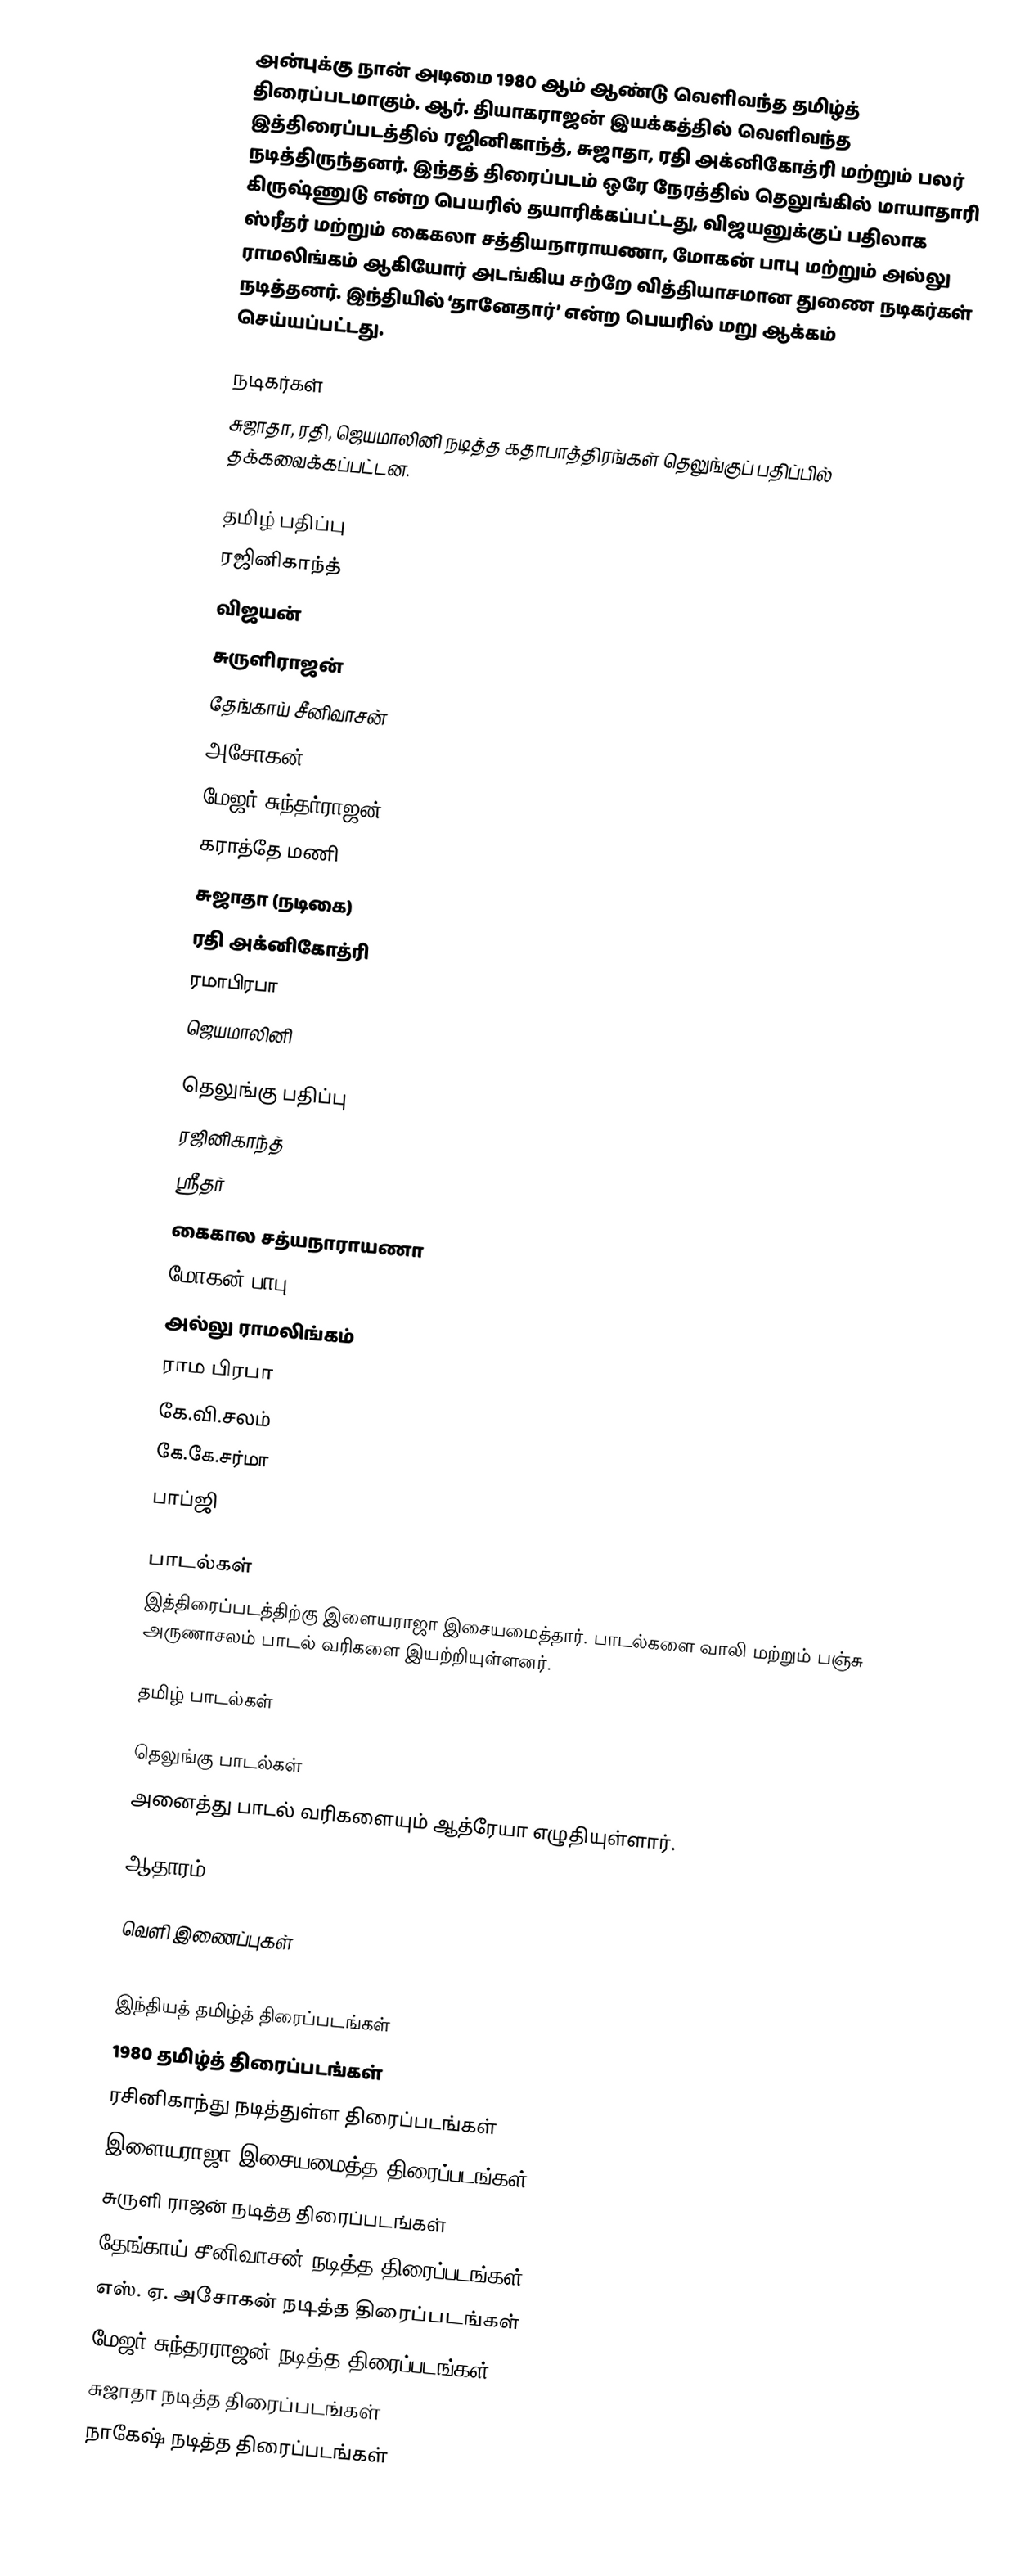
அன்புக்கு நான் அடிமை 1980 ஆம் ஆண்டு வெளிவந்த தமிழ்த் திரைப்படமாகும். ஆர். தியாகராஜன் இயக்கத்தில் வெளிவந்த இத்திரைப்படத்தில் ரஜினிகாந்த், சுஜாதா, ரதி அக்னிகோத்ரி மற்றும் பலர் நடித்திருந்தனர். இந்தத் திரைப்படம் ஒரே நேரத்தில் தெலுங்கில் மாயாதாரி கிருஷ்ணுடு என்ற பெயரில் தயாரிக்கப்பட்டது, விஜயனுக்குப் பதிலாக ஸ்ரீதர் மற்றும் கைகலா சத்தியநாராயணா, மோகன் பாபு மற்றும் அல்லு ராமலிங்கம் ஆகியோர் அடங்கிய சற்றே வித்தியாசமான துணை நடிகர்கள் நடித்தனர்.  இந்தியில் ‘தானேதார்’ என்ற பெயரில் மறு ஆக்கம் செய்யப்பட்டது.

நடிகர்கள்
சுஜாதா, ரதி, ஜெயமாலினி நடித்த கதாபாத்திரங்கள் தெலுங்குப் பதிப்பில் தக்கவைக்கப்பட்டன.

தமிழ் பதிப்பு
 ரஜினிகாந்த்
 விஜயன்
 சுருளிராஜன்
 தேங்காய் சீனிவாசன்
 அசோகன்
 மேஜர் சுந்தர்ராஜன்
 கராத்தே மணி
 சுஜாதா (நடிகை)
 ரதி அக்னிகோத்ரி
 ரமாபிரபா
 ஜெயமாலினி

தெலுங்கு பதிப்பு
ரஜினிகாந்த்
ஸ்ரீதர்
கைகால சத்யநாராயணா
மோகன் பாபு
அல்லு ராமலிங்கம்
ராம பிரபா
கே.வி.சலம்
கே.கே.சர்மா
பாப்ஜி

பாடல்கள்
இத்திரைப்படத்திற்கு இளையராஜா இசையமைத்தார். பாடல்களை வாலி மற்றும் பஞ்சு அருணாசலம் பாடல் வரிகளை இயற்றியுள்ளனர்.

தமிழ் பாடல்கள்

தெலுங்கு பாடல்கள்
அனைத்து பாடல் வரிகளையும் ஆத்ரேயா எழுதியுள்ளார்.

ஆதாரம்

வெளி இணைப்புகள்

இந்தியத் தமிழ்த் திரைப்படங்கள்
1980 தமிழ்த் திரைப்படங்கள்
ரசினிகாந்து நடித்துள்ள திரைப்படங்கள்
இளையராஜா இசையமைத்த திரைப்படங்கள்
சுருளி ராஜன் நடித்த திரைப்படங்கள்
தேங்காய் சீனிவாசன் நடித்த திரைப்படங்கள்
எஸ். ஏ. அசோகன் நடித்த திரைப்படங்கள்
மேஜர் சுந்தரராஜன் நடித்த திரைப்படங்கள்
சுஜாதா நடித்த திரைப்படங்கள்
நாகேஷ் நடித்த திரைப்படங்கள்